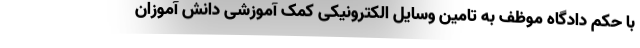
با حکم دادگاه موظف به تامین وسایل الکترونیکی کمک آموزشی دانش آموزان